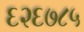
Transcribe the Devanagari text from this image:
६२६७८५